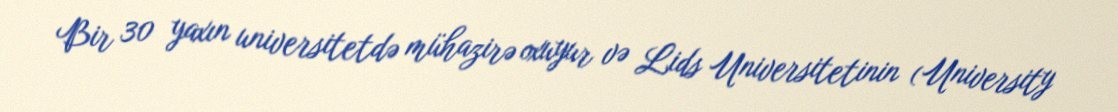
Bir 30 yaxın universitetdə mühazirə oxuyur və Lids Universitetinin (University